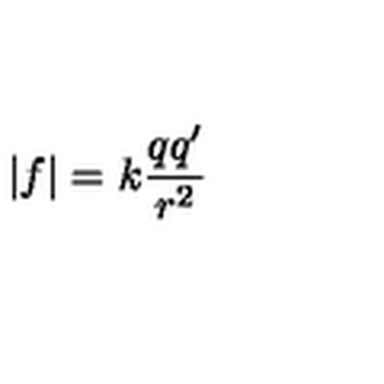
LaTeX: | f | = k \frac { q q ^ { \prime } } { r ^ { 2 } }